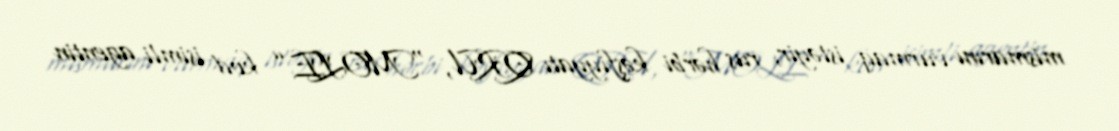
mismarını vurmaq istəyir, rus hərbi kəşfiyyatı QRU, “MOLE” kod isimli agentin